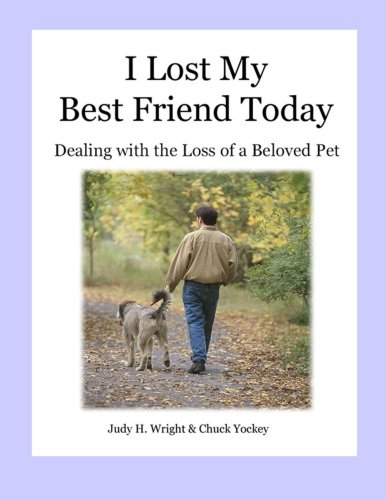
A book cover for I Lost My Best Friend Today: Dealing with the loss of a beloved pet; Judy H Wright; Crafts, Hobbies & Home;